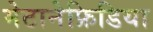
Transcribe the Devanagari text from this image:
मेटानेफ्रिडिया